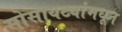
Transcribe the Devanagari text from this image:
सोसायट्यांमधून